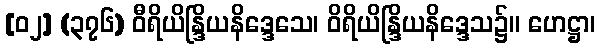
[၀၂] (၃၇၆) ဝီရိယိန္ဒြိယနိဒ္ဒေသေ၊ ဝိရိယိန္ဒြိယနိဒ္ဒေသ၌။ ဟေဋ္ဌာ၊